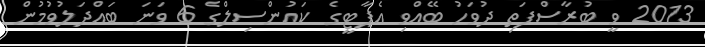
2013 ވީ ބުރާސްފަތި ދުވަހު ބޭއްވި އެޕާޓީގެ ކައުންސިލްގެ 6 ވަނަ ބައްދަލުވުމުން